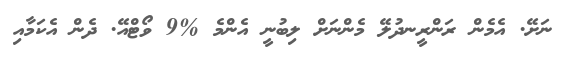
ނަށޭ. އެމެން ރަންރީނދުލޭ މެންނަށް ލިބުނީ އެންމެ %9 ވޯޓްއޭ. ދެން އެކަމާއި